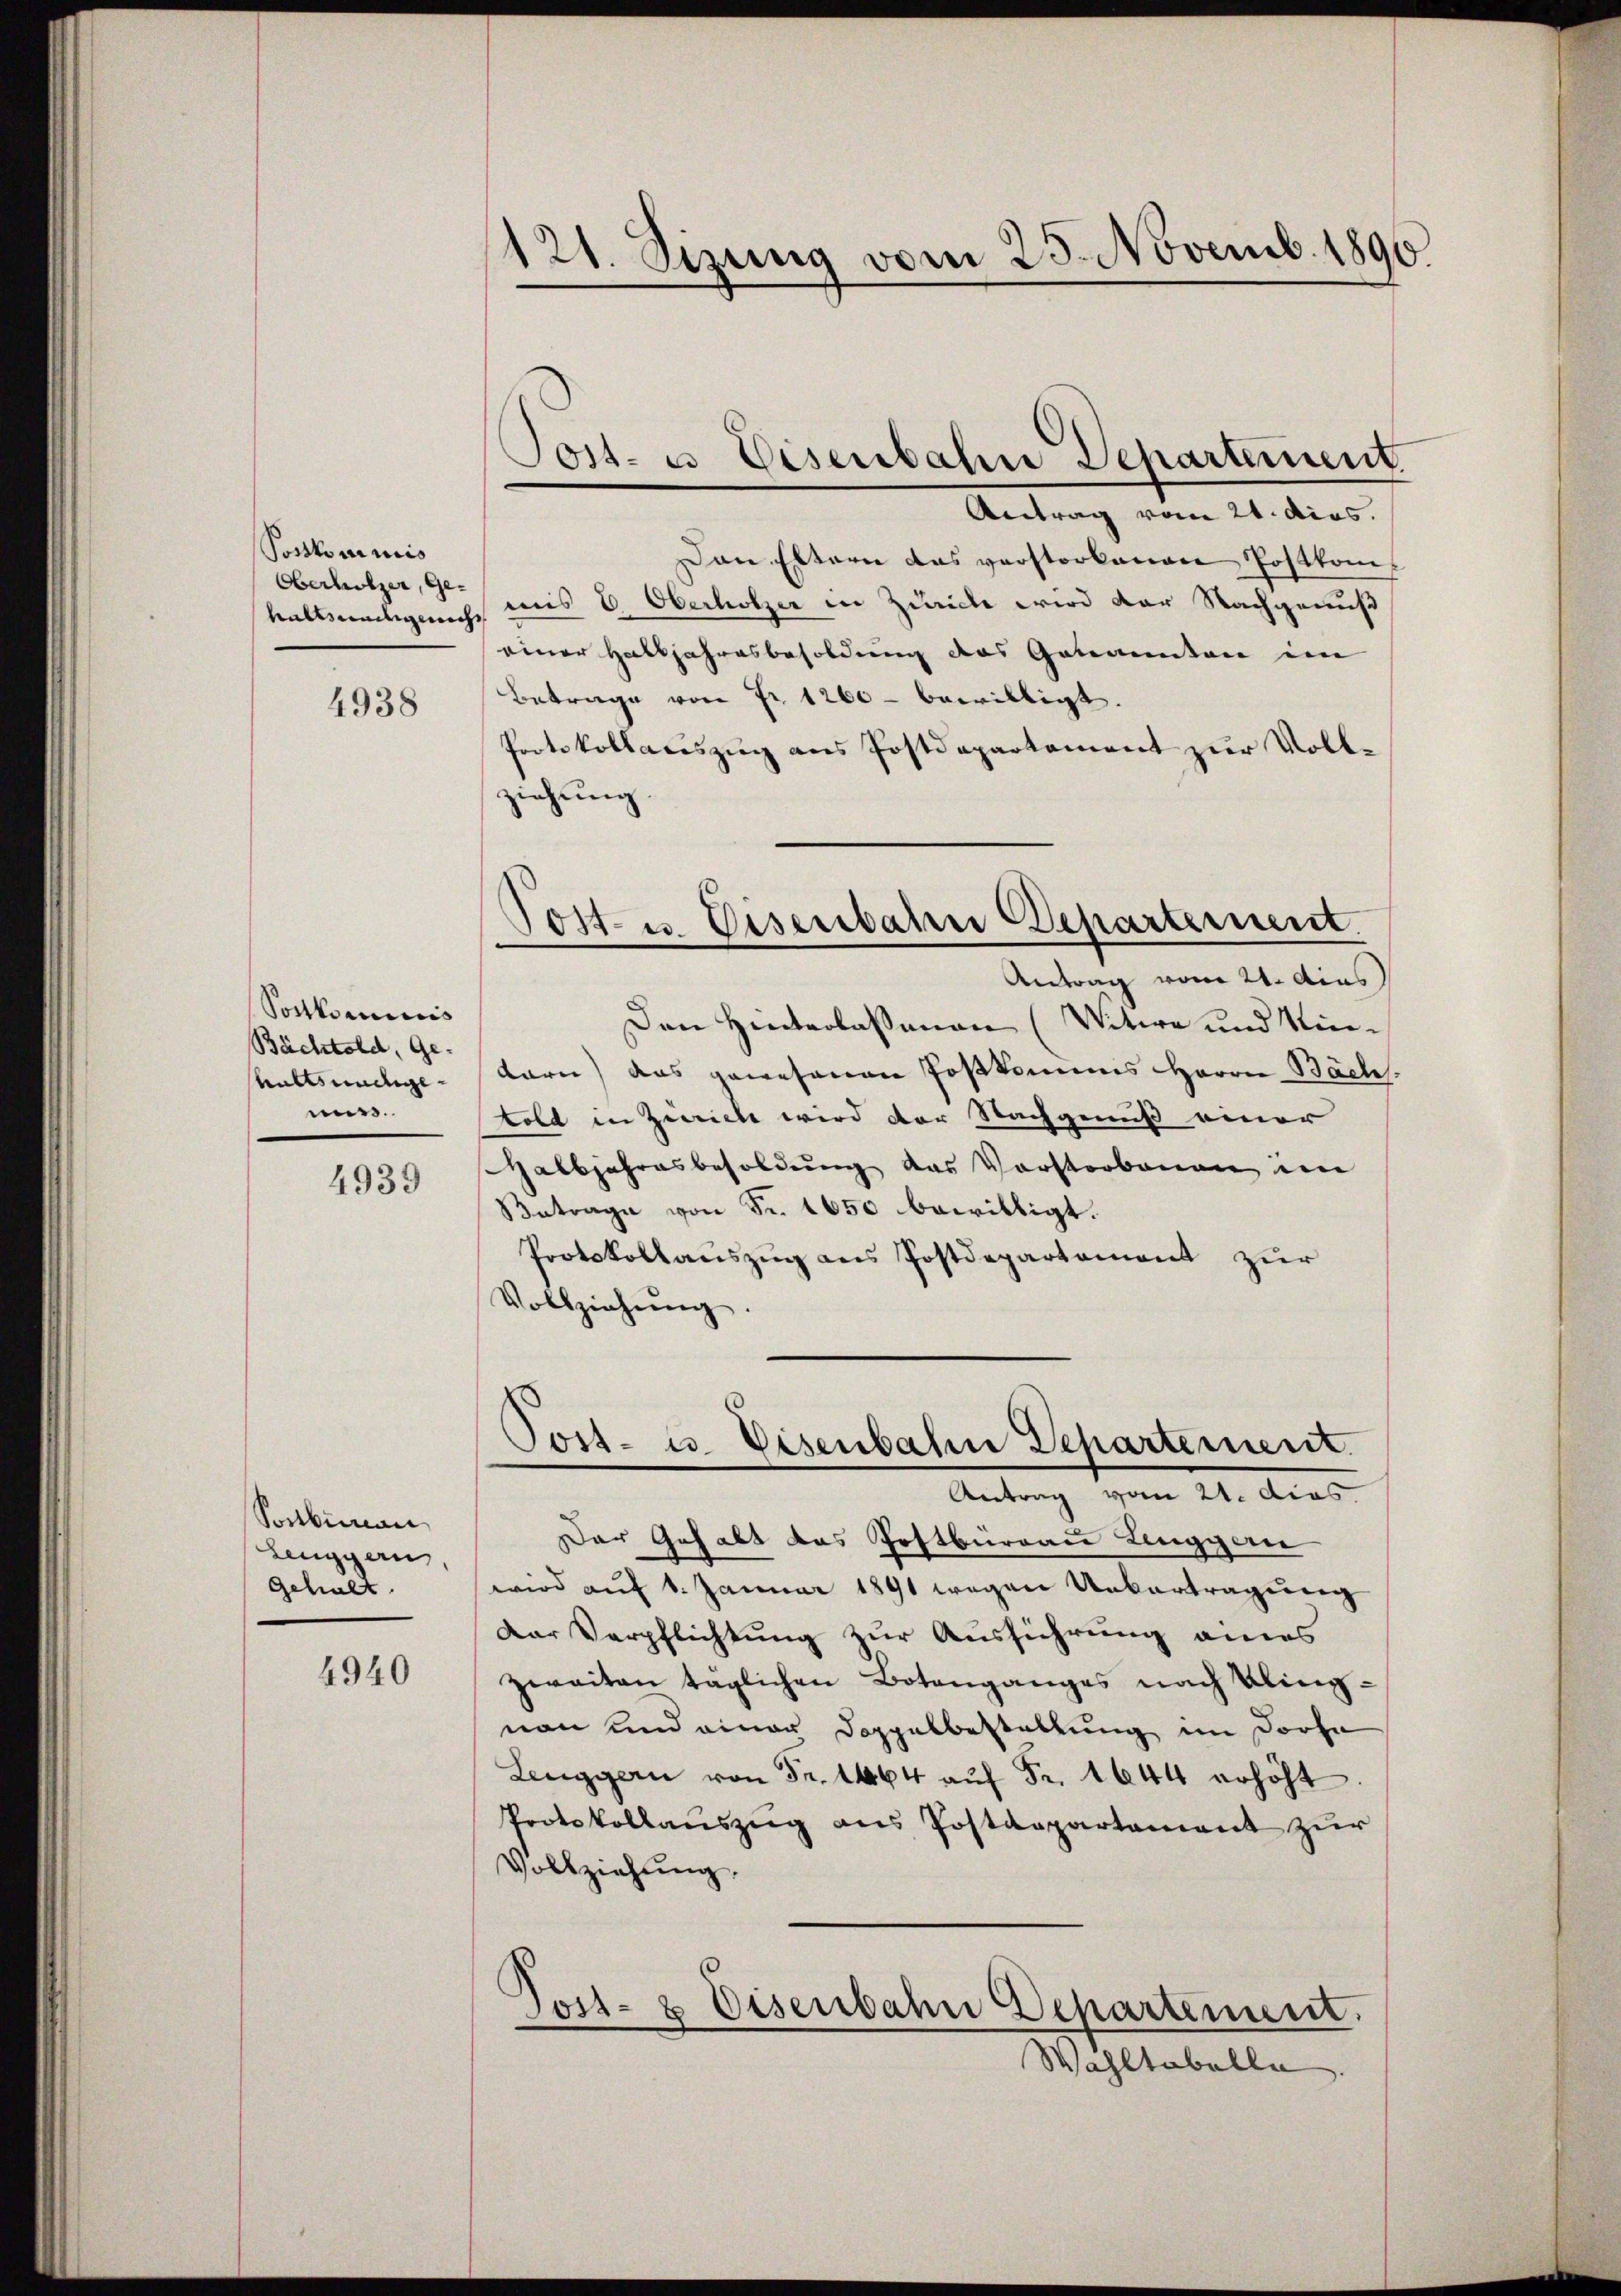
Postkommis
Oberholzer, Ge-

4938

Sortkomicis
Bächtold, Ge-
Anttsnachgemiss.

4939

Ponbureau
Lenggen,
Gehalt.

4940

121. Sizung vom 25. Novemb. 1890

Antrag vom 21. dies
Dan Eltern das verstorbenen Postkomhaltswegens uns v. Oberholzer in Zürich wird der Nachgenuß
einer Halbjahresbesoldung des Genannten im
Betrage von Fr. 1260 - bewilligt.
Protokollaciszug aus Postdepartement zur Vollziehung.

Jost- u Eisenbahn Departement.

Tost- u. Disenbahn Departement.

Post- u. Eisenbahn Departement.
Antrag vom 21. dies

Antrag vom 21. dies
Den Hinterlassenen (Witwe und Kin-
karn) das gewesenen Postkammes Herrn Bachs
told in Zürich wird der Nachgenuß einer
Halbjahresbesoldung das Vorstorbenen im
Betrage von Fr. 1650 bewilligt.
Protokollaŭszŭg ans Postdepartement zur
Vollziehŭng.
Der Gehalt das Postbüreau Linggen
wird auf 1. Januar 1891 wegen Untertragung
Der Verpflichtung zur Ausführung eines
zweiten täglichen Botanganges nach Kling-
non und einer Doppelbestellung im Dorfe
Lenggern von Fr. 1464 aŭf Fr. 1644 erhöht.
Protokollaŭszŭg ans Postappartament zŭr
Vollziehung.
Jost- & Eisenbahn Departement.
Wahltabelle.